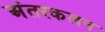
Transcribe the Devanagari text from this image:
अंतरकलन